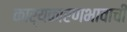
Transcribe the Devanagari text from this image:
कार्यकारणभावाची